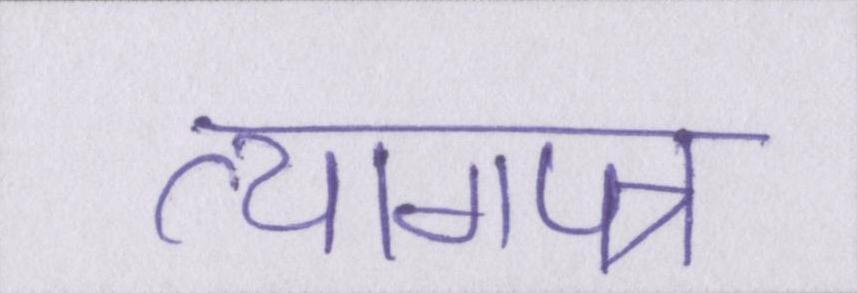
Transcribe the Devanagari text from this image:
त्यागपत्र